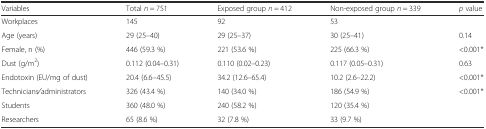
| Variables | Total n = 751 | Exposed group n = 412 | Non-exposed group n = 339 | p value |
 | --- | --- | --- | --- | --- |
 | Workplaces | 145 | 92 | 53 |  |
 | Age (years) | 29 (25–40) | 29 (25–37) | 30 (25–41) | 0.14 |
 | Female, n (%) | 446 (59.3 %) | 221 (53.6 %) | 225 (66.3 %) | <0.001* |
 | Dust (g/m2) | 0.112 (0.04–0.31) | 0.110 (0.02–0.23) | 0.117 (0.05–0.31) | 0.63 |
 | Endotoxin (EU/mg of dust) | 20.4 (6.6–45.5) | 34.2 (12.6–65.4) | 10.2 (2.6–22.2) | <0.001* |
 | Technicians /administrators | 326 (43.4 %) | 140 (34.0 %) | 186 (54.9 %) | <ROWSPAN=3> <0.001* |
 | Students | 360 (48.0 %) | 240 (58.2 %) | 120 (35.4 %) |
 | Researchers | 65 (8.6 %) | 32 (7.8 %) | 33 (9.7 %) |